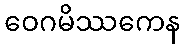
ဝေဂမိဿကေန